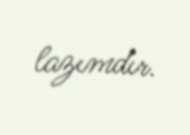
lazımdır.